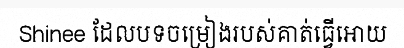
Shinee ដែលបទចម្រៀងរបស់គាត់ធ្វើអោយ